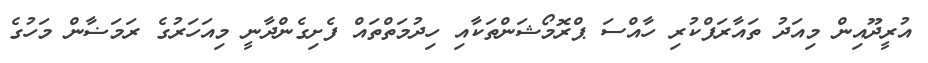
އުރީދޫއިން މިއަދު ތައާރަފްކުރި ހާއްސަ ޕްރޮމޯޝަންތަކާއި ހިދުމަތްތައް ފެށިގެންދާނީ މިއަހަރުގެ ރަމަޟާން މަހުގެ